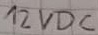
Text: 12VDC